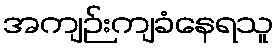
အကျဉ်းကျခံနေရသူ